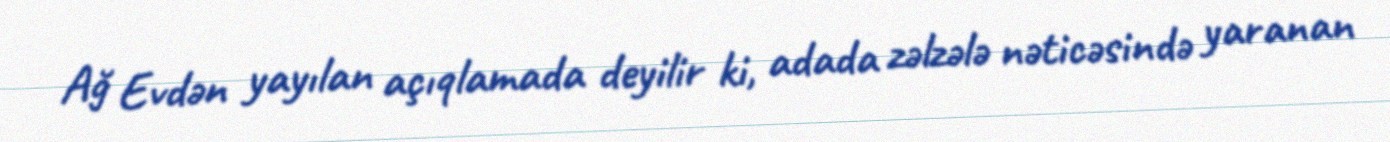
Ağ Evdən yayılan açıqlamada deyilir ki, adada zəlzələ nəticəsində yaranan